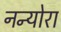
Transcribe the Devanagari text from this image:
नन्योरा